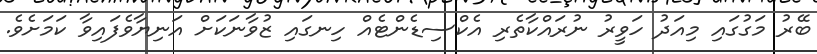
ބޭރު މަގުގައި މިއަދު ހަވީރު ނުރައްކާތެރި އެކްސިޑެންޓެއް ހިނގައި ޒުވާނަކަށް އަނިޔާވެފައިވާ ކަމަށެވެ.